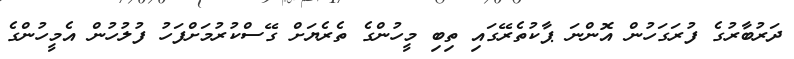
ދަރުބާރުގެ ފުރަގަހުން އޮންނަ ޕާކުތެރޭގައި ތިބި މީހުންގެ ތެރެޔަށް ގޭސްކުރުމަށްފަހު ފުލުހުން އެމީހުންގެ